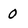
Character: 0